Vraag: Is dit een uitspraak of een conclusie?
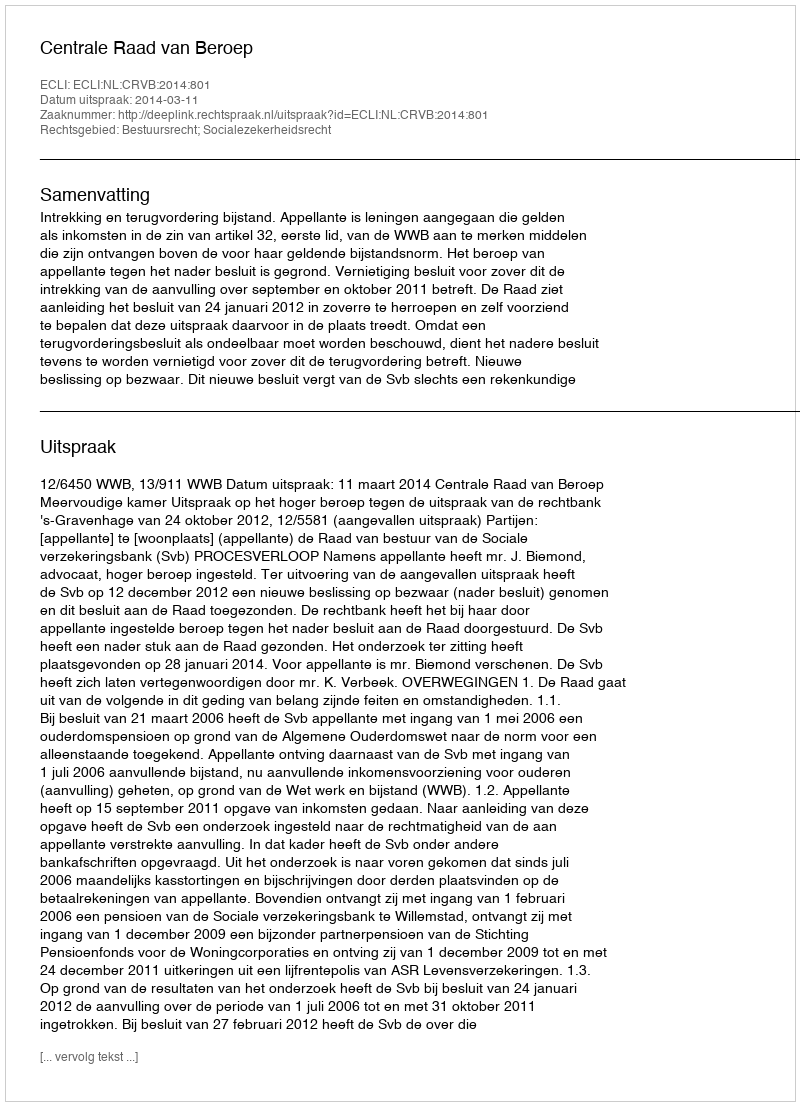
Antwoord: Uitspraak